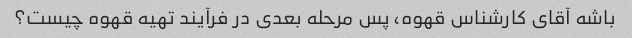
باشه آقای کارشناس قهوه، پس مرحله بعدی در فرآیند تهیه قهوه چیست؟